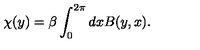
\chi ( y ) = \beta \int _ { 0 } ^ { 2 \pi } d x B ( y , x ) .